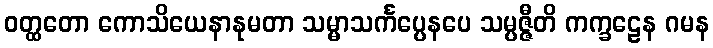
ဝတ္ထတော ကောသိယေနာနုမတာ သမ္မာသင်္ကပ္ပေနပေ သမ္ပဇ္ဇီတိ ကက္ခဠေန ဂမန